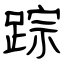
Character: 踪